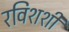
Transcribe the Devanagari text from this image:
रविशशी